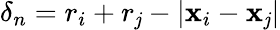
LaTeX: \delta_{n}=r_{i}+r_{\mathit{j}}-|\mathbf{{x}}_{i}-\mathbf{{x}}_{\mathit{j}}|